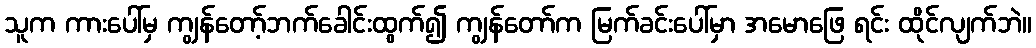
သူက ကားပေါ်မှ ကျွန်တော့်ဘက်ခေါင်းထွက်၍ ကျွန်တော်က မြက်ခင်းပေါ်မှာ အမောဖြေ ရင်း ထိုင်လျက်ဘဲ။